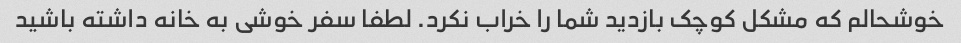
خوشحالم که مشکل کوچک بازدید شما را خراب نکرد. لطفا سفر خوشی به خانه داشته باشید